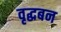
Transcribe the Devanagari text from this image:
वृद्धबन